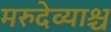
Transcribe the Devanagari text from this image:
मरुदेव्याश्च